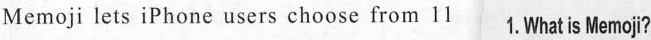
Me moji lets iPhone users choose from 111.Whatis Memoj?